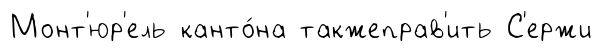
Монт'юр'ель канто́на такжеправ'ить С'ержи